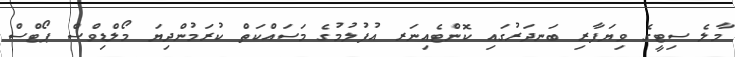
މާލެ ސިޓީގެ ވިޔަފާރި ބަނދަރުގައި ކޮންޓެއިނަރ އުފުލުމުގެ މަސައްކަތް ކުރަމުންދިޔަ މޯލްޑިވްސް ޕޯޓްސް